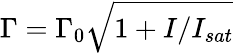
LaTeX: \Gamma=\Gamma_{0}\sqrt{1+I/I_{sat}}